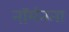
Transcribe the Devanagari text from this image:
नॉर्मनना